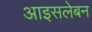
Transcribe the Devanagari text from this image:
आइसलेबन